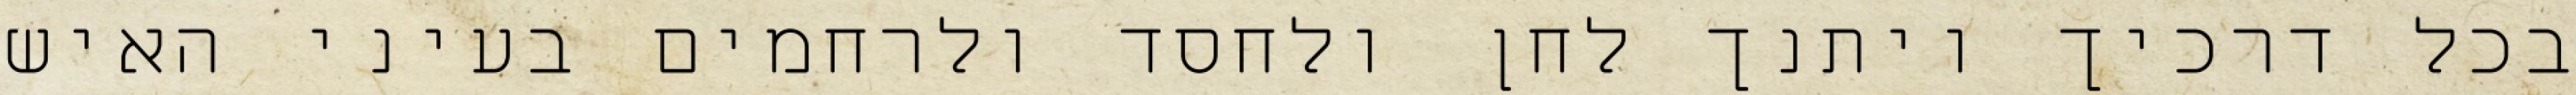
בכל דרכיך ויתנך לחן ולחסד ולרחמים בעיני האיש